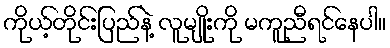
ကိုယ့်တိုင်းပြည်နဲ့ လူမျိုးကို မကူညီရင်နေပါ။